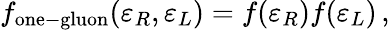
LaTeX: f_{\mathrm{one-gluon}}(\varepsilon_{R},\varepsilon_{L})=f(\varepsilon_{R})f(\varepsilon_{L})\, ,